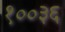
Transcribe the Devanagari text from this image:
१००३६